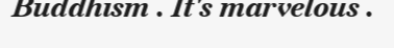
Buddhism . It's marvelous .